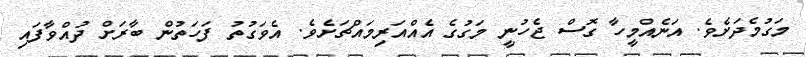
މަގުމެދަށެވެ. އަނެއްމީހާ ގޮސް ޖެހުނީ މަގުގެ އެއްއަރިމައްޗަށެވެ. އެވަގުތު ފަހަތުން ބާރަށް ދުއްވާފައި